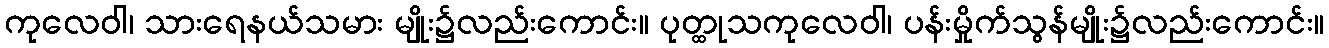
ကုလေဝါ၊ သားရေနယ်သမား မျိုး၌လည်းကောင်း။ ပုတ္ထုသကုလေဝါ၊ ပန်းမှိုက်သွန်မျိုး၌လည်းကောင်း။